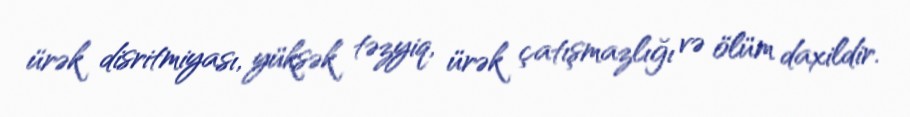
ürək disritmiyası, yüksək təzyiq, ürək çatışmazlığı və ölüm daxildir.